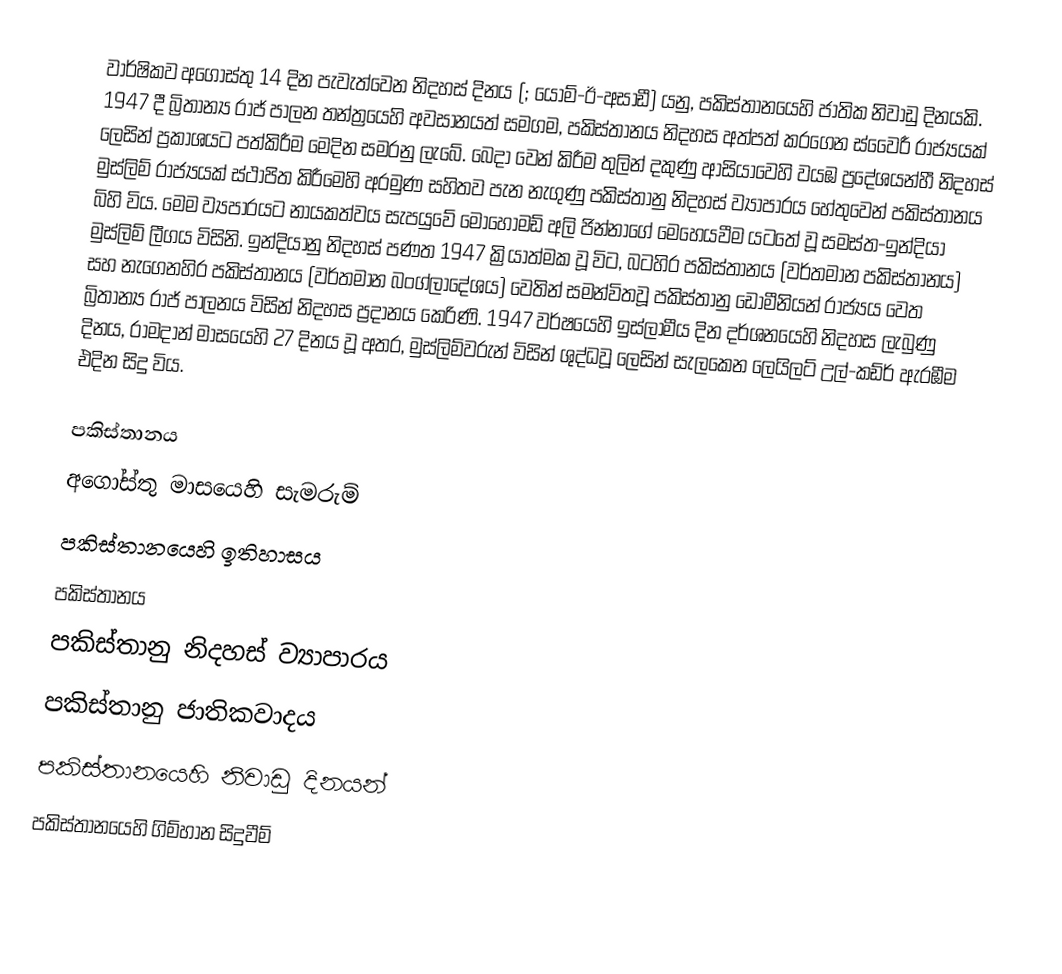
වාර්ෂිකව අගෝස්තු 14 දින පැවැත්වෙන නිදහස් දිනය (; යෝම්-ඊ-අසාඩී) යනු, පකිස්තානයෙහි ජාතික නිවාඩු දිනයකි. 1947 දී බ්‍රිතාන්‍ය රාජ් පාලන තන්ත්‍රයෙහි අවසානයත් සමගම, පකිස්තානය නිදහස අත්පත් කරගෙන ස්වෛරී රාජ්‍යයක් ලෙසින් ප්‍රකාශයට පත්කිරීම මෙදින සමරනු ලැබේ.  බෙදා වෙන් කිරීම තුලින් දකුණු ආසියාවෙහි  වයඹ ප්‍රදේශයන්හී නිදහස් මුස්ලිම් රාජ්‍යයක් ස්ථාපිත කිරීමෙහි අරමුණ සහිතව පැන නැගුණු පකිස්තානු නිදහස් ව්‍යාපාරය හේතුවෙන් පකිස්තානය බිහි විය. මෙම ව්‍යපාරයට නායකත්වය සැපයුවේ  මොහොමඩ් අලි ජින්නාගේ මෙහෙයවීම යටතේ වූ සමස්ත-ඉන්දියා මුස්ලිම් ලීගය විසිනි. ඉන්දියානු නිදහස් පණත 1947 ක්‍රියාත්මක වූ විට,  බටහිර පකිස්තානය (වර්තමාන පකිස්තානය) සහ නැගෙනහිර පකිස්තානය (වර්තමාන බංග්ලාදේශය) වෙතින් සමන්විතවූ පකිස්තානු ඩොමීනියන් රාජ්‍යය  වෙත බ්‍රිතාන්‍ය රාජ් පාලනය විසින් නිදහස ප්‍රදානය කෙරිණි. 1947 වර්ෂයෙහි ඉස්ලාමීය දින දර්ශනයෙහි නිදහස ලැබුණු දිනය, රාමදාන් මාසයෙහි 27 දිනය වූ අතර, මුස්ලිම්වරුන් විසින් ශුද්ධවූ ලෙසින් සැලකෙන ලෙයිලට් උල්-කඩ්ර් ඇරඹීම එදින සිදු විය.

පකිස්තානය
අගෝස්තු මාසයෙහි සැමරුම්
පකිස්තානයෙහි ඉතිහාසය
පකිස්තානය
පකිස්තානු නිදහස් ව්‍යාපාරය
පකිස්තානු ජාතිකවාදය
පකිස්තානයෙහි නිවාඩු දිනයන්
පකිස්තානයෙහි ගිම්හාන සිදුවීම්